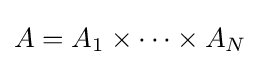
A=A_{1}\times \cdots \times A_{N}